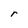
Character: r